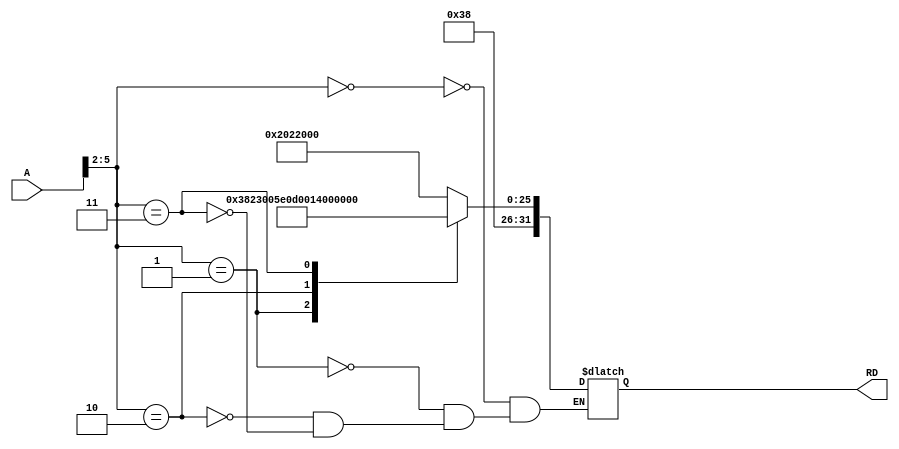
// imemXOR.v
// Very simple instruction memory for ARM single-cycle model.
// "Digital Design and Computer Architecture ARM EDITION," S.L. Harris and D.M. Harris.
// EE 4490 adapted from code by Jerry C. Hamann

module imemXOR(RD,A);
  output  [31:0]  RD;
  input   [31:0]  A;

  reg     [31:0]  RD;

  always @(A)
    case(A[5:2])
      4'b0000: RD = 32'hE202_2000;  //      AND  R2,R2,#0
	  4'b0001: RD = 32'hE382_3005;  //      ORR R3,R2,#5
	  4'b0010: RD = 32'hE383_4005;  //      ORR R4,R3,#5
	  4'b0011: RD = 32'hE022_2004;  //      EOR R2,R4
    endcase
endmodule